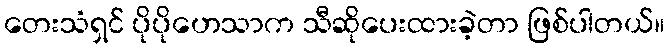
တေးသံရှင် ပိုပိုဟေသာက သီဆိုပေးထားခဲ့တာ ဖြစ်ပါတယ်။